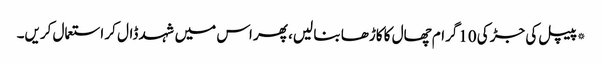
*پیپل کی جڑ کی 10گرام چھال کا کاڑھا بنا لیں، پھر اس میں شہد ڈال کر استعمال کریں۔